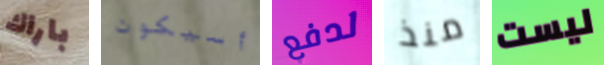
باراك أسيكون لدفع منذ ليست